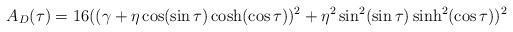
LaTeX: \begin{align*} A_{D}(\tau)&=16((\gamma+\eta \cos (\sin \tau) \cosh (\cos \tau))^{2}+\eta ^2 \sin ^2(\sin \tau) \sinh ^2(\cos \tau))^2 \end{align*}